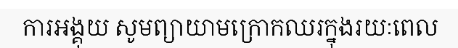
ការអង្គុយ សូមព្យាយាមក្រោកឈរក្នុងរយៈពេល